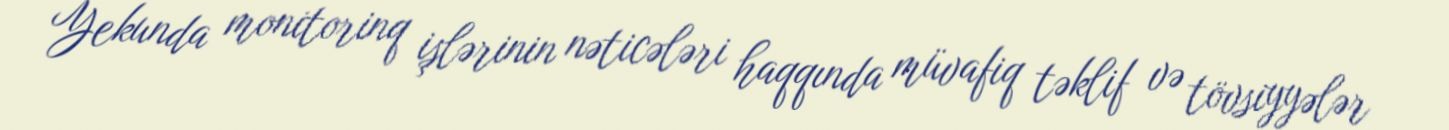
Yekunda monitorinq işlərinin nəticələri haqqında müvafiq təklif və tövsiyyələr